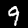
Label: 9